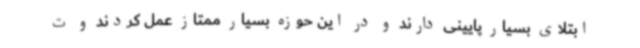
ابتلای بسیار پایینی دارند و در این حوزه بسیار ممتاز عمل کردند و ت